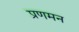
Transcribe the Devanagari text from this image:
प्रणमन